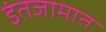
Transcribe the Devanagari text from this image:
इंतजामात